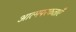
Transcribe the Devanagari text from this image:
आत्मपरकताएँ